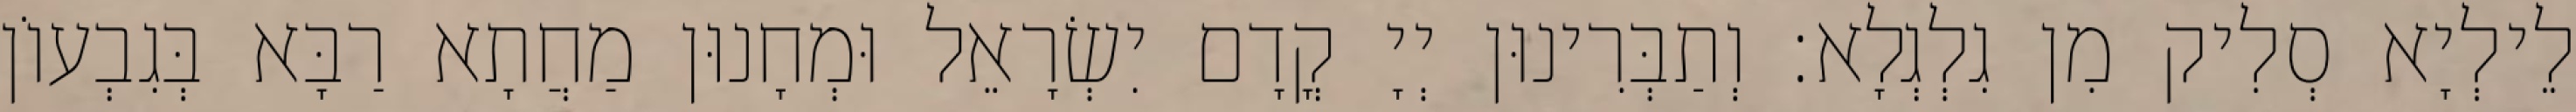
לֵילְיָא סְלִיק מִן גִלְגְלָא׃ וְתַבְּרִינוּן יְיָ קֳדָם יִשְׂרָאֵל וּמְחָנוּן מַחֲתָא רַבָּא בְּגִבְעוֹן